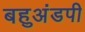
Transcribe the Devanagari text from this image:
बहुअंडपी